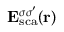
{ \bf E } _ { \mathrm { { s c a } } } ^ { \sigma \sigma ^ { \prime } } ( { \bf r } )